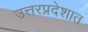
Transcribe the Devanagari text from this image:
उत्तरप्रदेशात